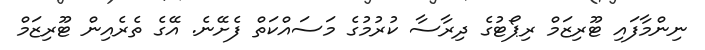
ނިންމާފައި ޓޫރިޒަމް ރިޕޯޓުގެ ދިރާސާ ކުރުމުގެ މަސައްކަތް ފެށޭނެ. އޭގެ ތެރެއިން ޓޫރިޒަމް